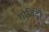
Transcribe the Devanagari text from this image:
गोविंदी